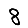
Digit: 8